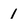
Character: 1